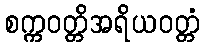
စက္ကဝတ္တိအရိယဝတ္တံ